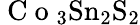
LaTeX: \mathrm{~C~o~}_{3}\mathrm{Sn}_{2}\mathrm{S}_{2}